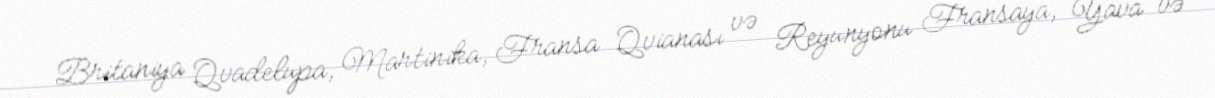
Britaniya Qvadelupa, Martinika, Fransa Qvianası və Reyunyonu Fransaya, Yava və